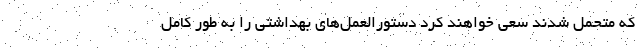
که متحمل شدند سعی خواهند کرد دستورالعمل‌های بهداشتی را به طور کامل